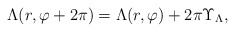
\begin{align*}\Lambda(r,\varphi+2\pi)=\Lambda(r,\varphi)+2\pi\Upsilon_\Lambda,\end{align*}